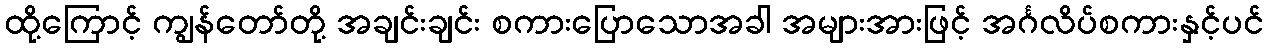
ထို့ကြောင့် ကျွန်တော်တို့ အချင်းချင်း စကားပြောသောအခါ အများအားဖြင့် အင်္ဂလိပ်စကားနှင့်ပင်